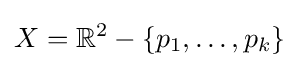
X=\mathbb {R} ^{2}-\{p_{1},\ldots ,p_{k}\}